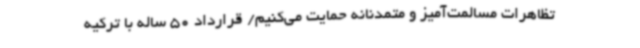
تظاهرات مسالمت‌آمیز و متمدنانه حمایت می‌کنیم/ قرارداد 50 ساله با ترکیه